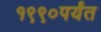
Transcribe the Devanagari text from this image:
१९९०पर्यंत